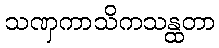
သဏှကာသိကသန္ထတာ